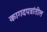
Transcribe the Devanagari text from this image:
कागदपत्रांतील